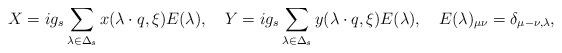
LaTeX: \begin{align*}X=ig_s\sum_{\lambda\in\Delta_s}x(\lambda\cdot q, \xi)E(\lambda),\quad Y=ig_s\sum_{\lambda\in\Delta_s}y(\lambda\cdot q, \xi)E(\lambda),\quad E(\lambda)_{\mu \nu}=\delta_{\mu-\nu,\lambda}, \end{align*}